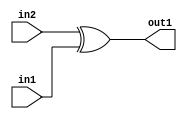
`timescale 1ps / 1ps
/*****************************************************************************
    Verilog RTL Description
    
    
    Created by: Stratus DpOpt 2019.1.01 
*******************************************************************************/

module SobelFilter_Xor_1Ux1U_1U_1 (
	in2,
	in1,
	out1
	); /* architecture "behavioural" */ 
input  in2,
	in1;
output  out1;
wire  asc001;

assign asc001 = 
	(in2)
	^(in1);

assign out1 = asc001;
endmodule

/* CADENCE  urfzTAg= : u9/ySgnWtBlWxVPRXgAZ4Og= ** DO NOT EDIT THIS LINE ******/